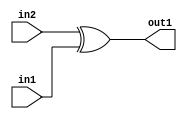
`timescale 1ps / 1ps
/*****************************************************************************
    Verilog RTL Description
    
    
    Created by: Stratus DpOpt 2019.1.01 
*******************************************************************************/

module SobelFilter_Xor_1Ux1U_1U_1 (
	in2,
	in1,
	out1
	); /* architecture "behavioural" */ 
input  in2,
	in1;
output  out1;
wire  asc001;

assign asc001 = 
	(in2)
	^(in1);

assign out1 = asc001;
endmodule

/* CADENCE  urfzTAg= : u9/ySgnWtBlWxVPRXgAZ4Og= ** DO NOT EDIT THIS LINE ******/